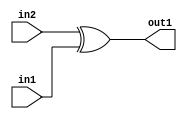
`timescale 1ps / 1ps
/*****************************************************************************
    Verilog RTL Description
    
    
    Created by: Stratus DpOpt 2019.1.01 
*******************************************************************************/

module SobelFilter_Xor_1Ux1U_1U_1 (
	in2,
	in1,
	out1
	); /* architecture "behavioural" */ 
input  in2,
	in1;
output  out1;
wire  asc001;

assign asc001 = 
	(in2)
	^(in1);

assign out1 = asc001;
endmodule

/* CADENCE  urfzTAg= : u9/ySgnWtBlWxVPRXgAZ4Og= ** DO NOT EDIT THIS LINE ******/